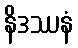
နိဒဿနံ